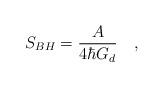
LaTeX: \begin{align*}S_{BH} = {\frac{A}{4\hbar G_d}} \quad ,\end{align*}